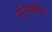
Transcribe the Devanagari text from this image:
उनिवेर्सैटी